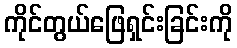
ကိုင်တွယ်ဖြေရှင်းခြင်းကို